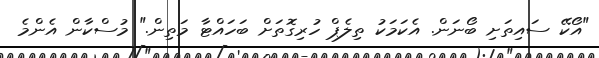
"އޯކޭ ސައިތަށި ބޯނަން. އެކަމަކު ތިލެޕް ހުރިގޮތަށް ބަހައްޓާ މަތިން." މުސްކާން އެންމެ